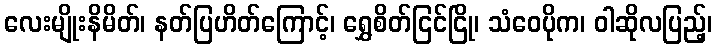
လေးမျိုးနိမိတ်၊ နတ်ပြဟိတ်ကြောင့်၊ ရွှေစိတ်ငြင်ငြို၊ သံဝေပိုက၊ ဝါဆိုလပြည့်၊